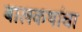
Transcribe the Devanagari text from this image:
बालकथांचा